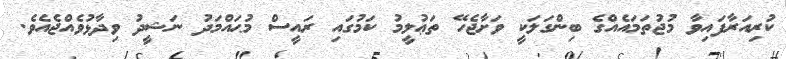
ކުރިއަރާފައިވާ މުޖުތަމައެއްގެ ބިންގަލަކީ ވަށާޖެހޭ ތަޢުލީމު ކަމުގައި ރައީސް މުޙައްމަދު ނަޝީދު ވިދާޅުވެއްޖެއެވެ.